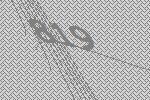
819